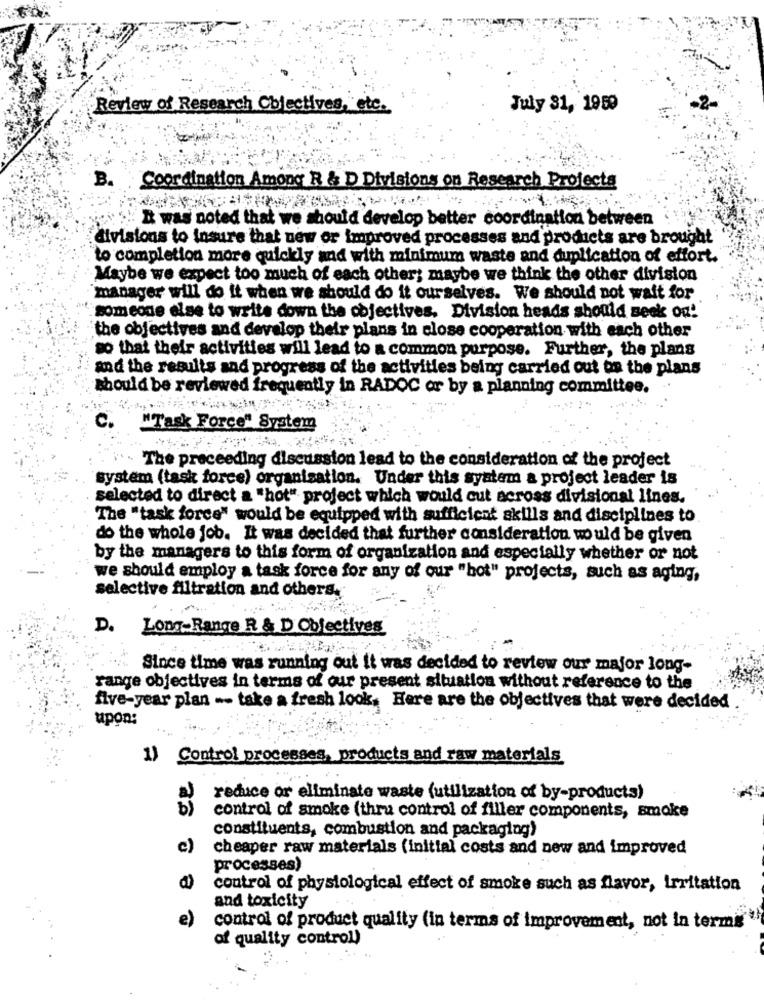
Review of Research Objectives, etc.
July 31, 1959
B. :
Coordination Among R & D Divisions on Research Profects
I was noted that we should develop better coordination between
divisions to insure that new or improved processes and products are brought
"to completion more quickly and with minimum waste and duplication of effort.
Maybe we expect too much of each other; maybe we think the other division
manager will do it when we should do it ourselves. We should not wait for
someone else to write down the objectives, Division heads should Beek og!
the objectives and develop their plans in close cooperation with each other
so that their activities will lead to a common purpose. Further, the plans
and the results and progress of the activities being carried out os the plans
should be reviewed frequently in RADOC or by a planning committee.
C.
"Task Force" System
. The preceeding discussion lead to the consideration of the project
system (task force) organisation. Under this system a project leader is
selected to direct a "hot" project which would cut across divisional lines.
The "task force" would be equipped with sufficient skills and disciplines to
do the whole job. It was decided that further consideration would be given
by the managers to this form of organization and especially whether or not
we should employ a task force for any of our "hot" projects, such as aging,
selective filtration and others.
D. Long-Range R & D Objectives
Since time was running out it was decided to review our major long-
range objectives in terms of our present situation without reference to the
five-year plan -- take a fresh look, Here are the objectives that were decided
upon:
1) Control processes, products and raw materials
a)
reduce or eliminate waste (utilization of by-products)
b)
control of smoke (thru control of filler components, smoke
constituents, combustion and packaging)
c)
cheaper raw materials (initial costs and new and improved
processes)
control of physiological effect of smoke such as flavor, irritation
and toxicity
e)
control of product quality (in terms of improvement, not in termis
of quality control)